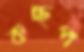
কচ্ছপ